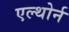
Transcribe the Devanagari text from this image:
एल्थोर्न